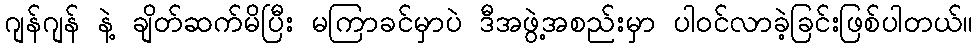
ဂျန်ဂျန် နဲ့ ချိတ်ဆက်မိပြီး မကြာခင်မှာပဲ ဒီအဖွဲ့အစည်းမှာ ပါဝင်လာခဲ့ခြင်းဖြစ်ပါတယ်။